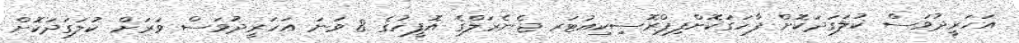
އަހަރީދުވަސް ކުލަގަދަކޮށް ފާހަގަކޮށްފިޕްރޮސިކިއުޓަރ ޖެނެރަލްގެ އޮފީހުގެ 8 ވަނަ އަހަރީދުވަސް ވަރަށް ކުލަގަދަކޮށް